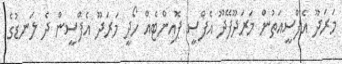
މަރަދޫ އެފްސީއަތުން މަރަދޫފޭދޫ އެފްސީ ޕޮއިންޓެއް ހޯދީ މަރަދޫ އެފްސީން ދެ ލަނޑުގެ